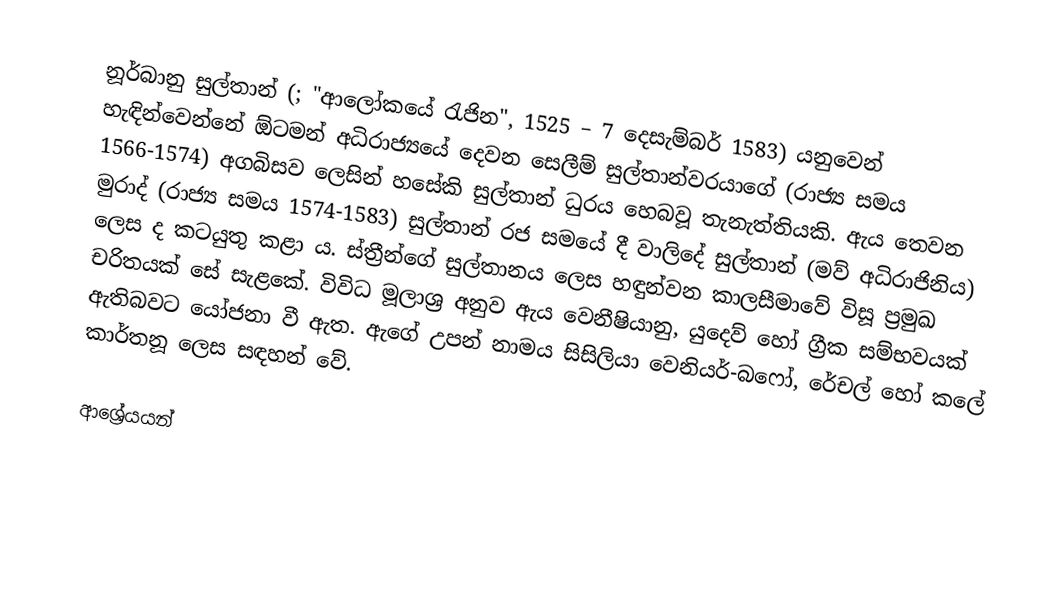
නූර්බානු සුල්තාන් (; "ආලෝකයේ රැජින",  1525 – 7 දෙසැම්බර් 1583) ‍යනුවෙන් හැඳින්වෙන්නේ ඕටමන් අධිරාජ්‍යයේ දෙවන සෙලීම් සුල්තාන්වරයාගේ (රාජ්‍ය සමය 1566-1574) අගබිසව ලෙසින් හසේකි සුල්තාන් ධුරය හෙබවූ තැනැත්තියකි. ඇය තෙවන මුරාද් (රාජ්‍ය සමය 1574-1583) සුල්තාන් ‍රජ සමයේ දී වාලිදේ සුල්තාන් (මව් අධිරාජිනිය) ලෙස ද කටයුතු කළා ය. ස්ත්‍රීන්ගේ සුල්තානය ලෙස හඳුන්වන කාලසීමාවේ විසූ ප්‍රමුඛ චරිතයක් සේ සැළකේ. විවිධ මූලාශ්‍ර අනුව ඇය වෙනීෂියානු, යුදෙව් හෝ ග්‍රීක සම්භවයක් ඇතිබවට යෝජනා වී ඇත. ඇගේ උපන් නාමය සිසිලියා වෙනියර්-බෆෝ, රේචල් හෝ කලේ කාර්තනූ ලෙස සඳහන් වේ.

ආශ්‍රේයයන්